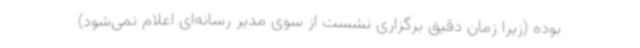
بوده (زیرا زمان دقیق برگزاری نشست از سوی مدیر رسانه‌ای اعلام نمی‌شود)